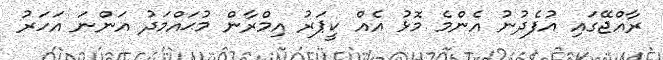
ރާއްޖޭގައި އުފެދުނު އެންމެ މޮޅު އެއް ކީޕަރު އިމްރާން މުޙައްމަދު އަންނަ އަހަރު